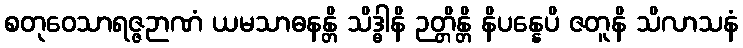
စတုဝေသာရဇ္ဇဉာဏံ ယမသာဓနန္တိ သိဒ္ဓါနိ ဉတ္တိန္တိ နိပန္နေပိ ဇတူနိ သိလာသနံ